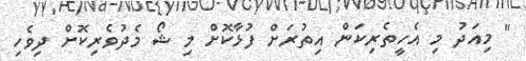
" މިއަދު މި އެހީތެރިކަން އިތުރަށް ފުޅާކޮށް މި ޝޯ މެދުވެރިކޮށް ދިވެހި